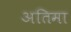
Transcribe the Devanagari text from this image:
अतिमा